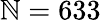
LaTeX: \mathbb{N}=633